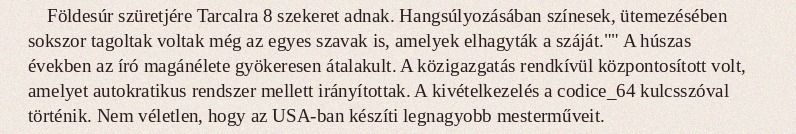
Földesúr szüretjére Tarcalra 8 szekeret adnak. Hangsúlyozásában színesek, ütemezésében sokszor tagoltak voltak még az egyes szavak is, amelyek elhagyták a száját."" A húszas években az író magánélete gyökeresen átalakult. A közigazgatás rendkívül központosított volt, amelyet autokratikus rendszer mellett irányítottak. A kivételkezelés a codice_64 kulcsszóval történik. Nem véletlen, hogy az USA-ban készíti legnagyobb mesterműveit.